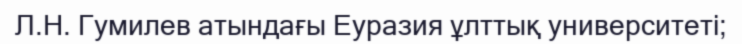
Л.Н. Гумилев атындағы Еуразия ұлттық университеті;